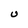
Character: U